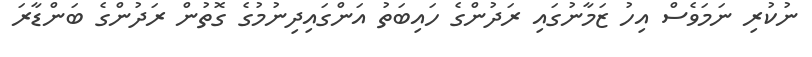
ނުކުރި ނަމަވެސް އިހު ޒަމާނުގައި ރަދުންގެ ހައިބަތު އަންގައިދިނުމުގެ ގޮތުން ރަދުންގެ ބަންޑާރަ